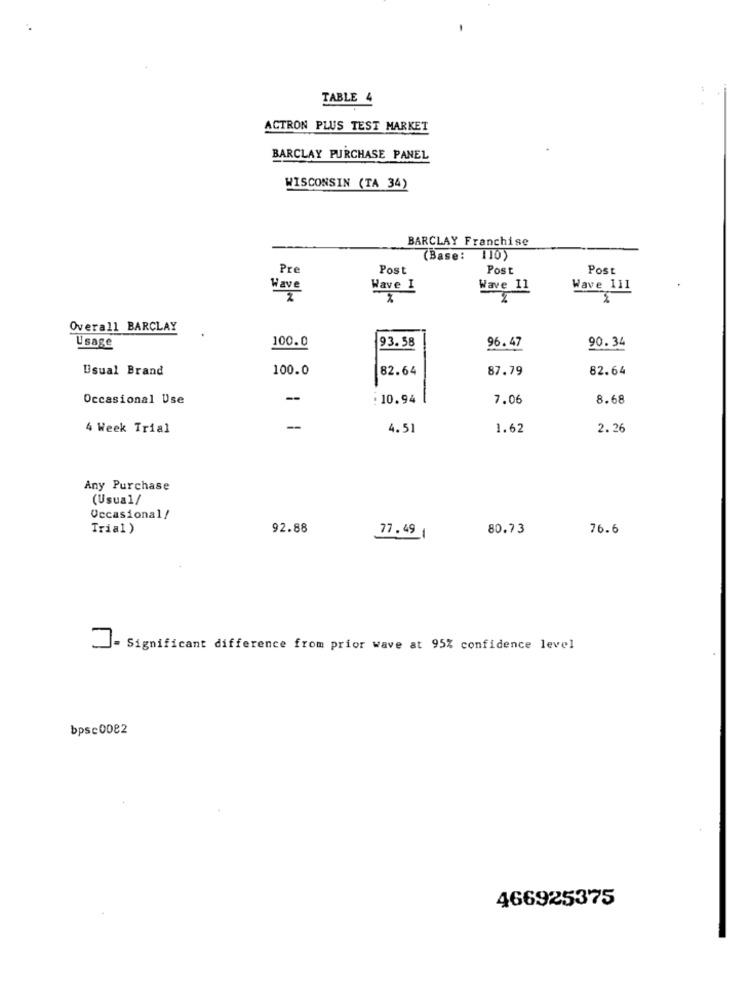
TABLE 4
ACTRON PLUS TEST MARKET
BARCLAY PURCHASE PANEL
WISCONSIN (TA 34)
BARCLAY Franchise
(Base: 110)
Pre
Post
Post
Post
Wave
Wave I
Wave 11
Wave 111
Overall BARCLAY
Usage
100.0
93.58
90.34
96.47
Usual Brand
100.0
82.64
87.79
82.64
Occasional Use
-
: 10.94
7.06
8.68
4 Week Trial
-
4.51
1.62
2.26
Any Purchase
(Usual/
Occasional/
Trial)
92.88
77.49
80.73
76.6
- Significant difference from prior wave at 95% confidence level
bpsc0082
466925375